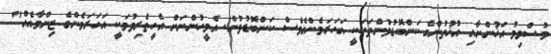
މުސްލިމު އަޚުންނާއި އުޚުތުންގެ ކަންބޮޑުވުންތަކަކީ އަހަރަމެންގެވެސް ކަންބޮޑުވުން. އެމީހުންނަށް އެހީތެރިވުމަކީ އަހަރަމެންގެ ޒިންމާއެއް"